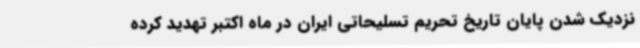
نزدیک شدن پایان تاریخ تحریم تسلیحاتی ایران در ماه اکتبر تهدید کرده